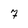
Character: 7